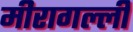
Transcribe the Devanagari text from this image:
मीरागल्ली